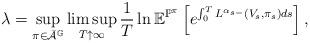
LaTeX: \begin{align*}\lambda =\sup_{{\pi }\in \bar{\mathcal{A}}^{\mathbb{G}}}\limsup_{T\uparrow \infty }\frac{1}{T}\ln \mathbb{E}^{{\mathbb{P}}^{{\pi }}}\left[ e^{\int_{0}^{T}L^{\alpha_{s-}}(V_{s},{\pi }_{s})ds}\right], \end{align*}